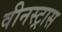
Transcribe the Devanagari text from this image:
वीनस्ट्रास